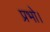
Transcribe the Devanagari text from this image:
प्रभो।